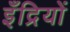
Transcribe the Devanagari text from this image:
इँद्रियों